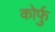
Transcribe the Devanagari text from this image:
कोर्फु